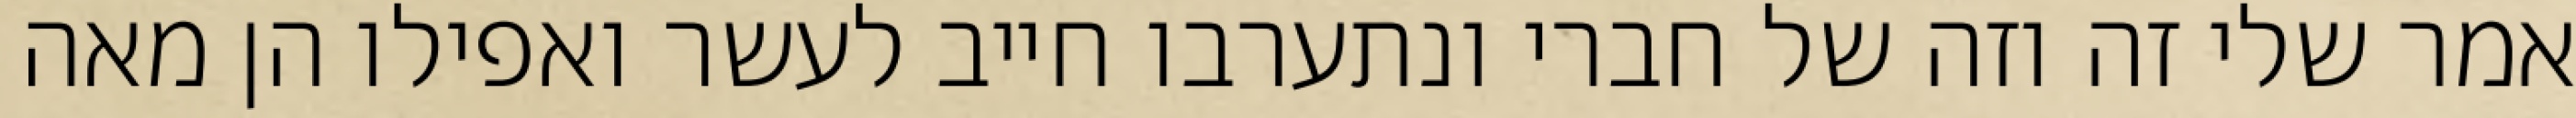
אמר שלי זה וזה של חברי ונתערבו חייב לעשר ואפילו הן מאה